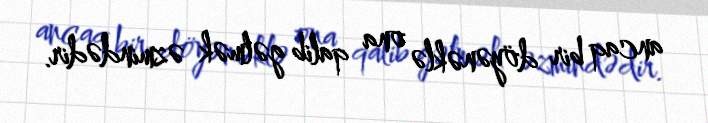
ancaq bir döyənəklə ona qalib gəlmək əzmindədir.